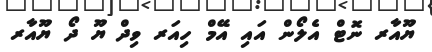
ޔޫއާރ ނޮޓް އެލޯން އައި އޭމް ހިއަރ ވިދް ޔޫ ދޯ ޔޫއާރ